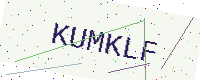
Text: KUMKLF